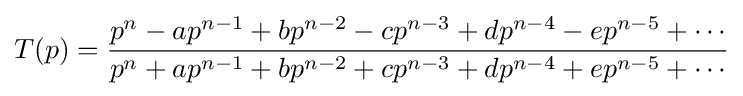
T(p)={\frac {p^{n}-ap^{n-1}+bp^{n-2}-cp^{n-3}+dp^{n-4}-ep^{n-5}+\cdots }{p^{n}+ap^{n-1}+bp^{n-2}+cp^{n-3}+dp^{n-4}+ep^{n-5}+\cdots }}